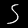
Digit: 5